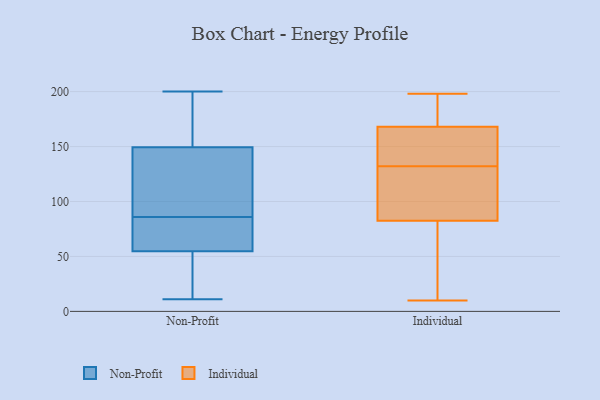
{"axis": {"x": "Humidity (%)", "y": "Value"}, "legend": ["Individual", "Non-Profit"], "data": [{"x": "", "y": 161, "type": "Non-Profit"}, {"x": "", "y": 48, "type": "Non-Profit"}, {"x": "", "y": 200, "type": "Non-Profit"}, {"x": "", "y": 190, "type": "Non-Profit"}, {"x": "", "y": 119, "type": "Non-Profit"}, {"x": "", "y": 75, "type": "Non-Profit"}, {"x": "", "y": 86, "type": "Non-Profit"}, {"x": "", "y": 16, "type": "Non-Profit"}, {"x": "", "y": 132, "type": "Non-Profit"}, {"x": "", "y": 35, "type": "Non-Profit"}, {"x": "", "y": 11, "type": "Non-Profit"}, {"x": "", "y": 110, "type": "Non-Profit"}, {"x": "", "y": 155, "type": "Non-Profit"}, {"x": "", "y": 79, "type": "Non-Profit"}, {"x": "", "y": 85, "type": "Non-Profit"}, {"x": "", "y": 72, "type": "Individual"}, {"x": "", "y": 167, "type": "Individual"}, {"x": "", "y": 93, "type": "Individual"}, {"x": "", "y": 41, "type": "Individual"}, {"x": "", "y": 139, "type": "Individual"}, {"x": "", "y": 198, "type": "Individual"}, {"x": "", "y": 115, "type": "Individual"}, {"x": "", "y": 188, "type": "Individual"}, {"x": "", "y": 163, "type": "Individual"}, {"x": "", "y": 115, "type": "Individual"}, {"x": "", "y": 184, "type": "Individual"}, {"x": "", "y": 109, "type": "Individual"}, {"x": "", "y": 10, "type": "Individual"}, {"x": "", "y": 158, "type": "Individual"}, {"x": "", "y": 146, "type": "Individual"}, {"x": "", "y": 24, "type": "Individual"}, {"x": "", "y": 125, "type": "Individual"}, {"x": "", "y": 30, "type": "Individual"}, {"x": "", "y": 169, "type": "Individual"}, {"x": "", "y": 175, "type": "Individual"}]}